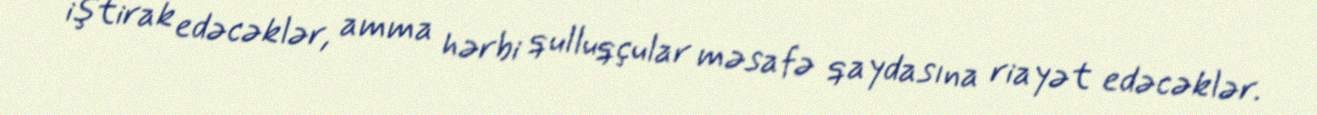
iştirak edəcəklər, amma hərbi qulluqçular məsafə qaydasına riayət edəcəklər.